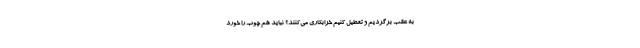
به عقب برگردیم و تعطیل کنیم خرابکاری می‌کنند؟ نباید هم چوب را خورد